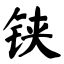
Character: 铗